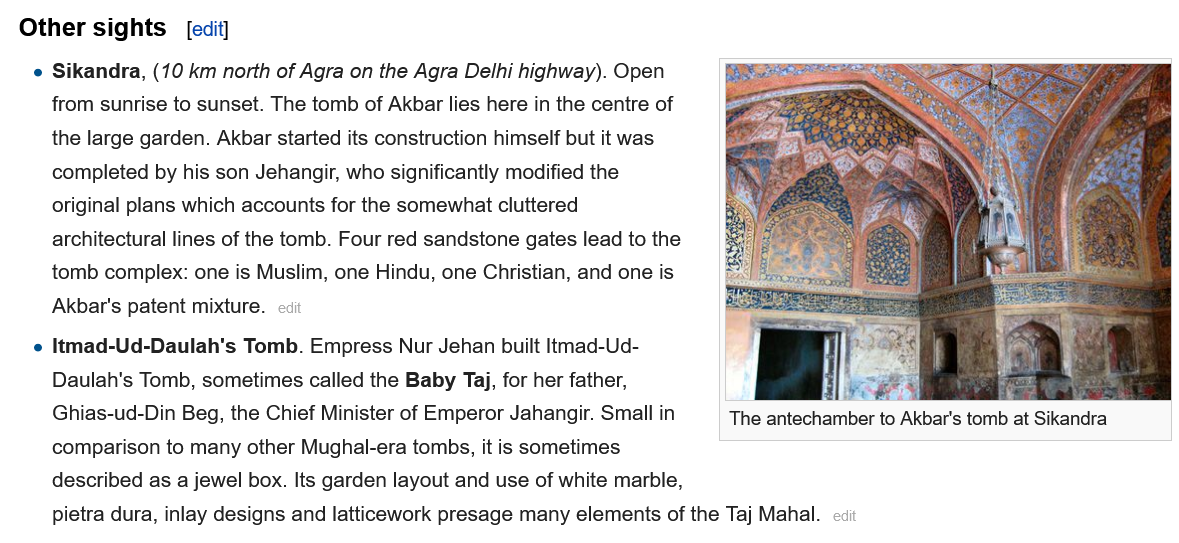
The antechamber to Akbar's tomb at Sikandra
  Other  sights
    _ Sikandra, (10 km north of Agra on the Agra Delhi highway). Open
     from sunrise to sunset. The tomb of Akbar lies here in the centre of
     the large garden. Akbar started its construction himself but it was
     completed by his son Jehangir, who significantly modified the
     original plans which accounts for the somewhat cluttered
     architectural lines of the tomb. Four red sandstone gates lead to the
     tomb complex: one is Muslim, one Hindu, one Christian, and one is

     Akbar's patent mixture.
    _Itmad-Ud-Daulah's Tomb. Empress Nur Jehan built Itmad-Ud-
     Daulah's Tomb, sometimes called the Baby Taj, for her father,
     Ghias-ud-Din Beg, the Chief Minister of Emperor Jahangir. Small in The antech
     comparison to many other Mughal-era tombs, it is sometimes
     described as a jewel box. Its garden layout and use of white marble,
     pietra dura, inlay designs and latticework presage many elements of the Taj Mahal.
     [edit]